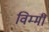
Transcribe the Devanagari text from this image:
विम्मी